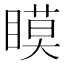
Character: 瞙